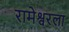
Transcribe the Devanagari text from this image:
रामेश्वरला